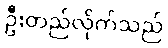
ဦးတည်လိုက်သည်